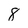
Character: 8